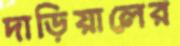
দাড়িয়ালের